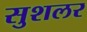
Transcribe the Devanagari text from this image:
सुशलर